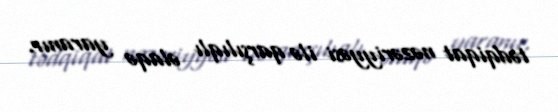
tədqiqat nəzəriyyəsi ilə qarşılıqlı əlaqə yaranır.